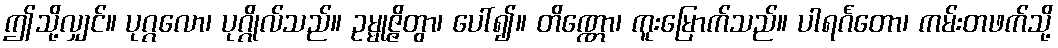
ဤသို့လျှင်။ ပုဂ္ဂလော၊ ပုဂ္ဂိုလ်သည်။ ဥမ္မုဇ္ဇိတွာ၊ ပေါ်၍။ တိဏ္ဏော၊ ကူးမြောက်သည်။ ပါရင်္ဂတော၊ ကမ်းတဖက်သို့